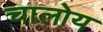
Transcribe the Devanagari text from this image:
चालोय